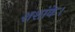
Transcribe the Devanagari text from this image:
शशांके।